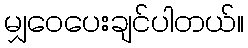
မျှဝေပေးချင်ပါတယ်။